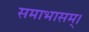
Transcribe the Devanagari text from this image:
समाभासम्।